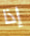
إذا